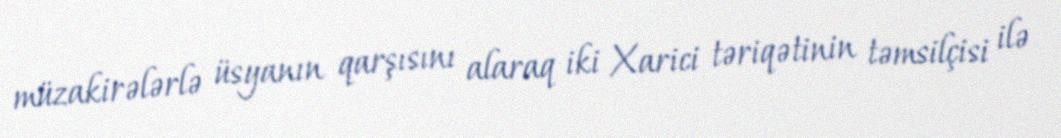
müzakirələrlə üsyanın qarşısını alaraq iki Xarici təriqətinin təmsilçisi ilə